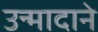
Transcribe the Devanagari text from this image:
उन्मादाने